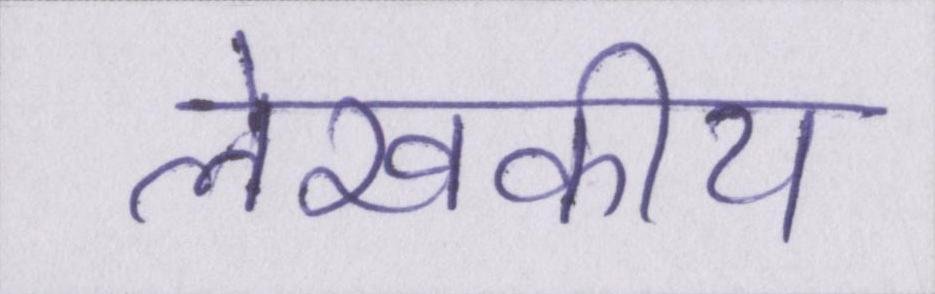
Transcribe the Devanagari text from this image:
लेखकीय